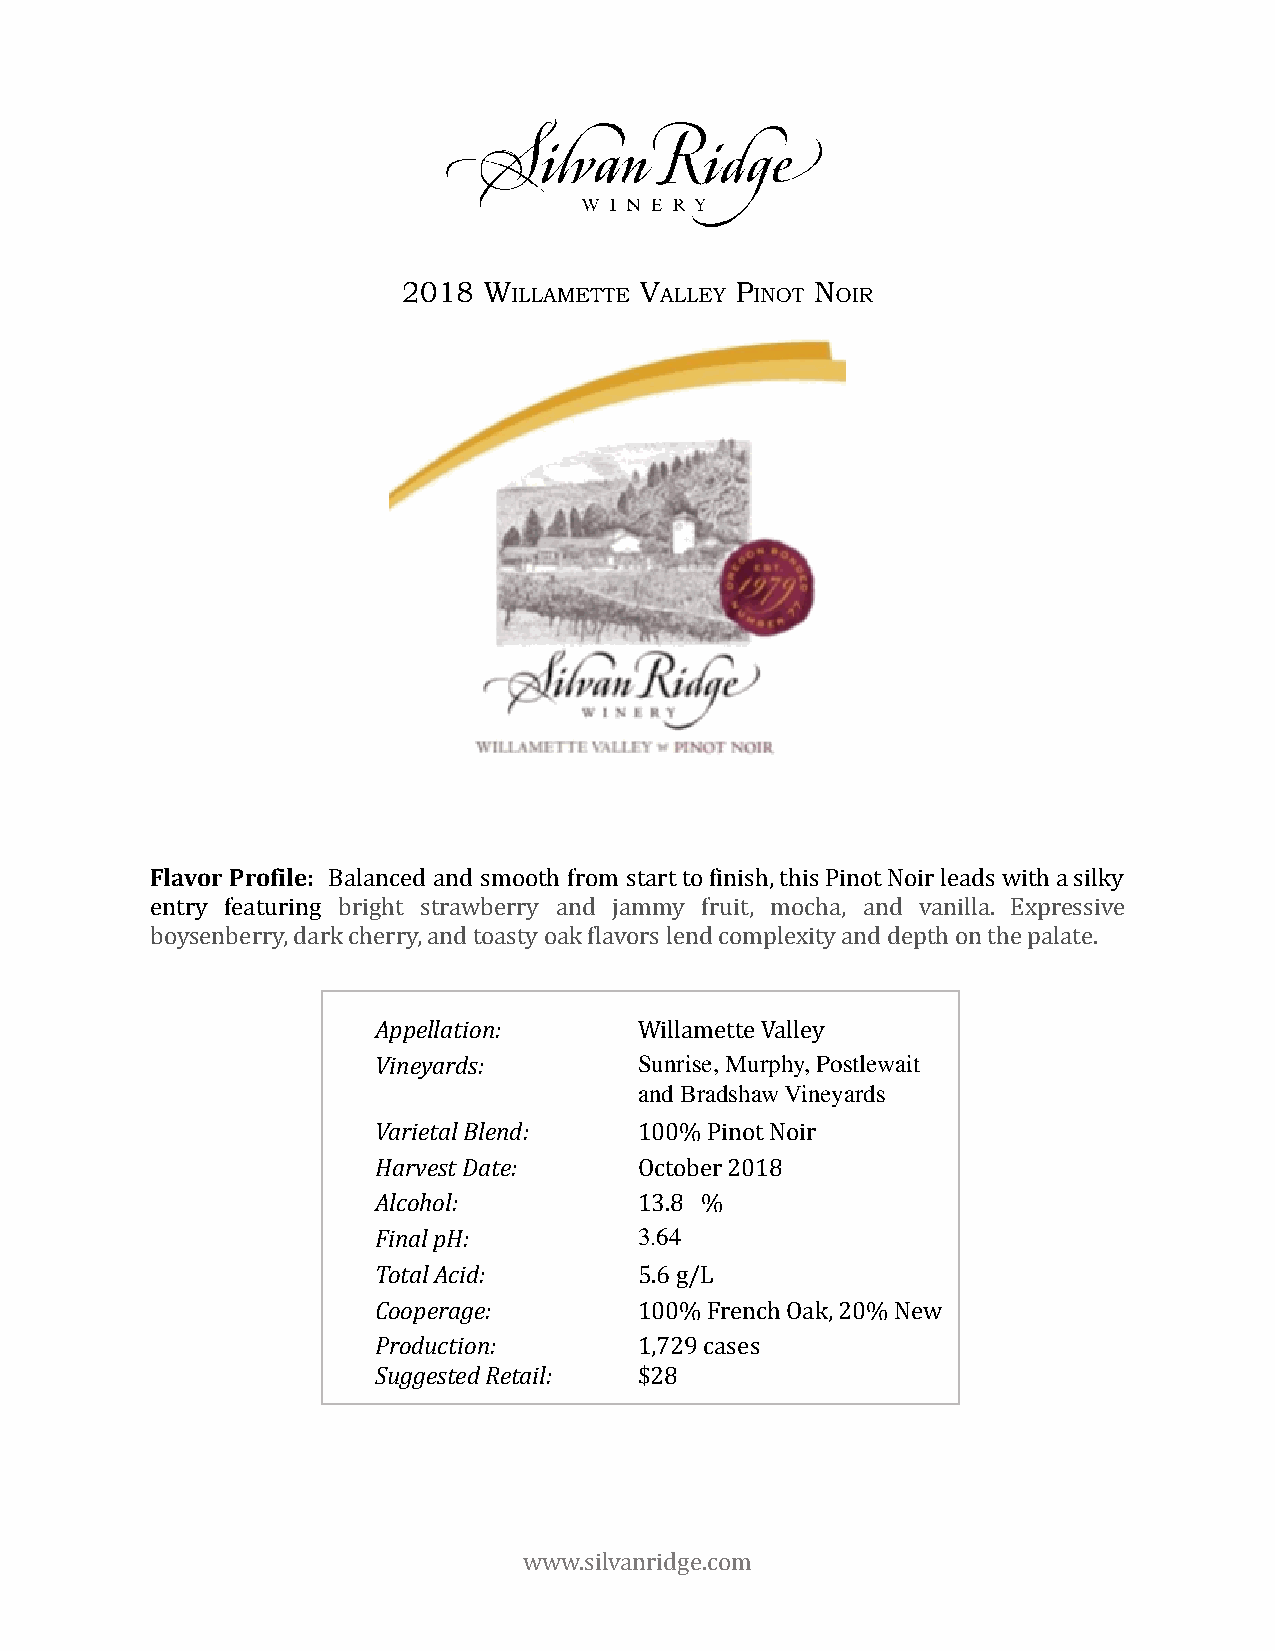
2018 W         V      P    N
 ILLAMETTE ALLEY INOT OIR
 Flavor Profile: Balanced and smooth from starttofinish,thisPinotNoirleadswithasilky
 entry featuring bright strawberry and jammy fruit, mocha, and vanilla. Expressive
 boysenberry, dark cherry, and toasty oak flavors lend complexity and depth on the palate.
 Appellation:     Willamette Valley
 Vineyards:       Sunrise, Murphy, Postlewait
 and Bradshaw Vineyards
 Varietal Blend:  100% Pinot Noir
 Harvest Date:    October 2018
 Alcohol:         13.8 %
 Final pH:        3.64
 Total Acid:      5.6 g/L
 Cooperage:       100% French Oak, 20% New
 Production:      1,729 cases
 Suggested Retail: $28
 www.silvanridge.com